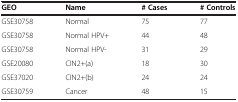
<table><thead><tr><td><b>GEO</b></td><td><b>Name</b></td><td><b># Cases</b></td><td><b># Controls</b></td></tr></thead><tbody><tr><td>GSE30758</td><td>Normal</td><td>75</td><td>77</td></tr><tr><td>GSE30758</td><td>Normal HPV+</td><td>44</td><td>48</td></tr><tr><td>GSE30758</td><td>Normal HPV-</td><td>31</td><td>29</td></tr><tr><td>GSE20080</td><td>CIN2+(a)</td><td>18</td><td>30</td></tr><tr><td>GSE37020</td><td>CIN2+(b)</td><td>24</td><td>24</td></tr><tr><td>GSE30759</td><td>Cancer</td><td>48</td><td>15</td></tr></tbody></table>